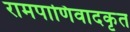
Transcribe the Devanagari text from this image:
रामपाणिवादकृत